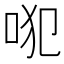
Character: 𠱍